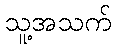
သူ့အသက်